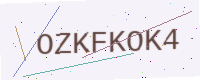
Text: OZKFKOK4